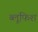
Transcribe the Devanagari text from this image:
ब्लूफिश